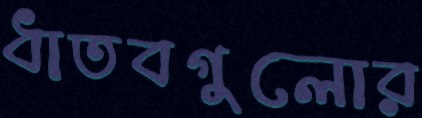
ধাতবগুলোর